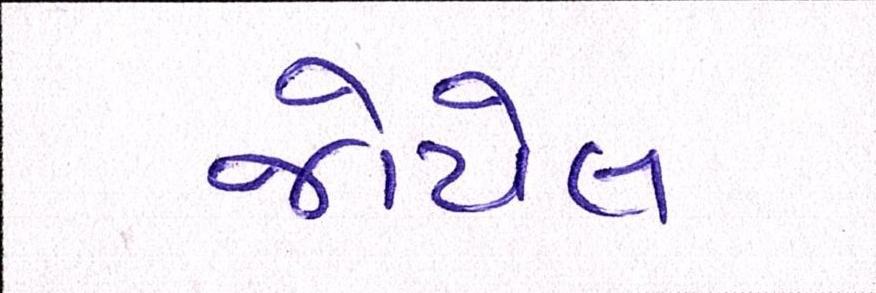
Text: જોયેલ